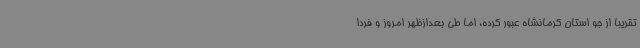
تقریبا از جو استان کرمانشاه عبور کرده، اما طی بعدازظهر امروز و فردا